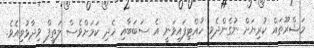
މަޝްރޫތައް ކުރިޔަށް ނުގެންދެވި ހުއްޓިފައިވަނީ އެ ސަބަބާއި ހެދި ކަމަށްވެސް ލަތީފް ވިދާޅުވިއެވެ.